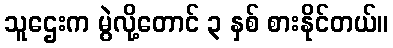
သူဌေးက မွဲလို့တောင် ၃ နှစ် စားနိုင်တယ်။